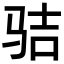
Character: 𩧵